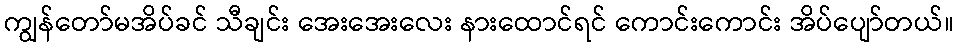
ကျွန်တော်မအိပ်ခင် သီချင်း အေးအေးလေး နားထောင်ရင် ကောင်းကောင်း အိပ်ပျော်တယ်။